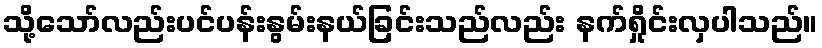
သို့သော်လည်းပင်ပန်းနွမ်းနယ်ခြင်းသည်လည်း နက်ရှိုင်းလှပါသည်။